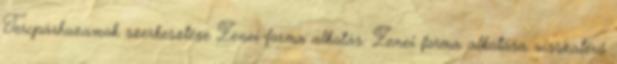
Tercpárhuzamok szerkesztése Zenei forma alkotás: Zenei forma alkotása visszatérő